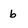
Character: b